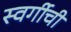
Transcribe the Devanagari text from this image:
स्वर्गीची